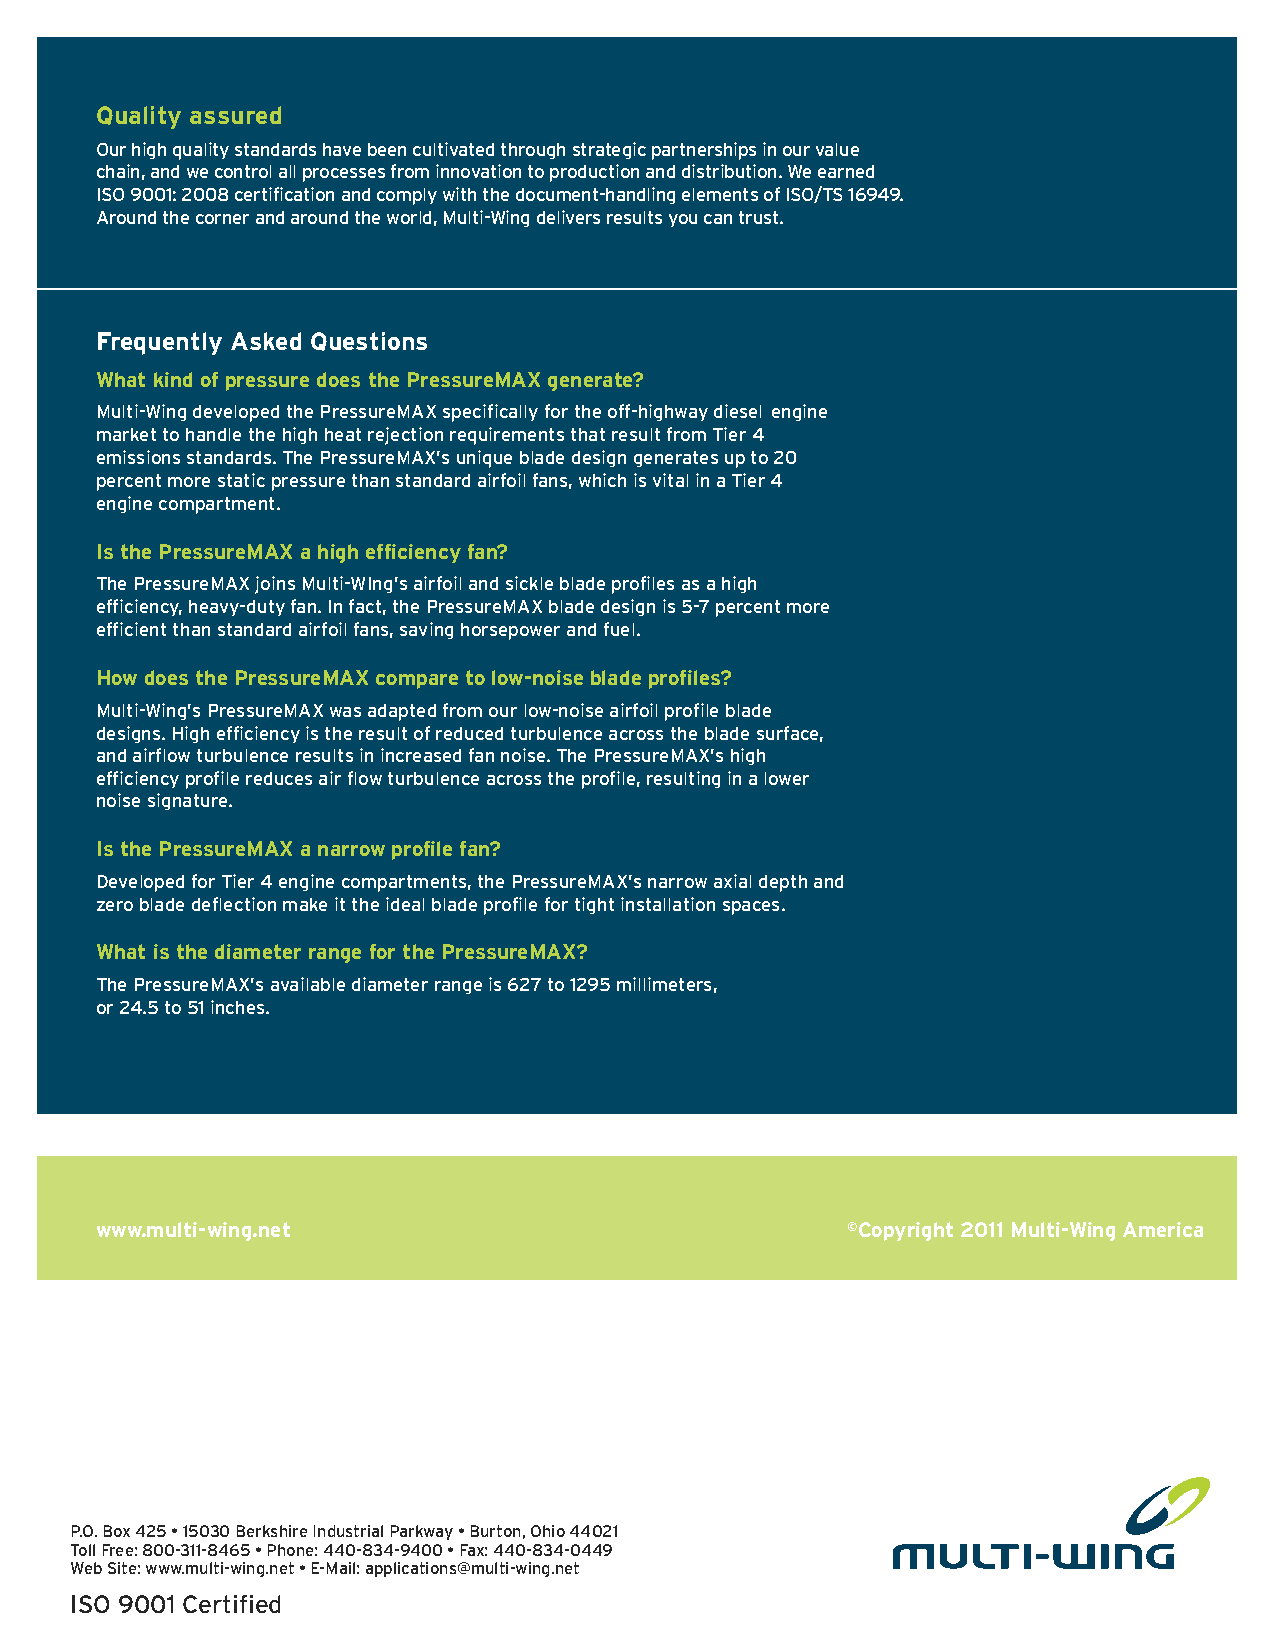
Quality assured
 Our high quality standards have been cultivated through strategic partnerships in our value
 chain, and we control all processes from innovation to production and distribution. We earned
 ISO 9001: 2008 certification and comply with the document-handling elements of ISO/TS 16949.
 Around the corner and around the world, Multi-Wing delivers results you can trust.
 Frequently Asked Questions
 What kind of pressure does the PressureMAX generate?
 Multi-Wing developed the PressureMAX specifically for the off-highway diesel engine
 market to handle the high heat rejection requirements that result from Tier 4
 emissions standards. The PressureMAX’s unique blade design generates up to 20
 percent more static pressure than standard airfoil fans, which is vital in a Tier 4
 engine compartment.
 Is the PressureMAX a high efficiency fan?
 The PressureMAX joins Multi-WIng’s airfoil and sickle blade profiles as a high
 efficiency, heavy-duty fan. In fact, the PressureMAX blade design is 5-7 percent more
 efficient than standard airfoil fans, saving horsepower and fuel.
 How does the PressureMAX compare to low-noise blade profiles?
 Multi-Wing’s PressureMAX was adapted from our low-noise airfoil profile blade
 designs. High efficiency is the result of reduced turbulence across the blade surface,
 and airflow turbulence results in increased fan noise. The PressureMAX’s high
 efficiency profile reduces air flow turbulence across the profile, resulting in a lower
 noise signature.
 Is the PressureMAX a narrow profile fan?
 Developed for Tier 4 engine compartments, the PressureMAX’s narrow axial depth and
 zero blade deflection make it the ideal blade profile for tight installation spaces.
 What is the diameter range for the PressureMAX?
 The PressureMAX’s available diameter range is 627 to 1295 millimeters,
 or 24.5 to 51 inches.
 www.multi-wing.net                                ©Copyright 2011 Multi-Wing America
 P.O. Box 425 • 15030 Berkshire Industrial Parkway • Burton, Ohio 44021
 Toll Free: 800-311-8465 • Phone: 440-834-9400 • Fax: 440-834-0449
 Web Site: www.multi-wing.net • E-Mail: applications@multi-wing.net
 ISO 9001 Certified